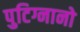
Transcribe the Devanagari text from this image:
पुटिग्नानो